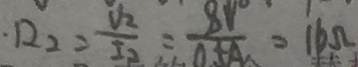
R _ { 2 } = \frac { V _ { 2 } } { I _ { 2 } } = \frac { 8 V } { 0 . 5 A } = 1 6 \Omega